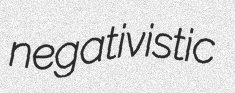
negativistic